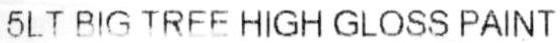
5LT BIG TREE HIGH GLOSS PAINT